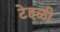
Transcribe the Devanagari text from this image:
टेहळी